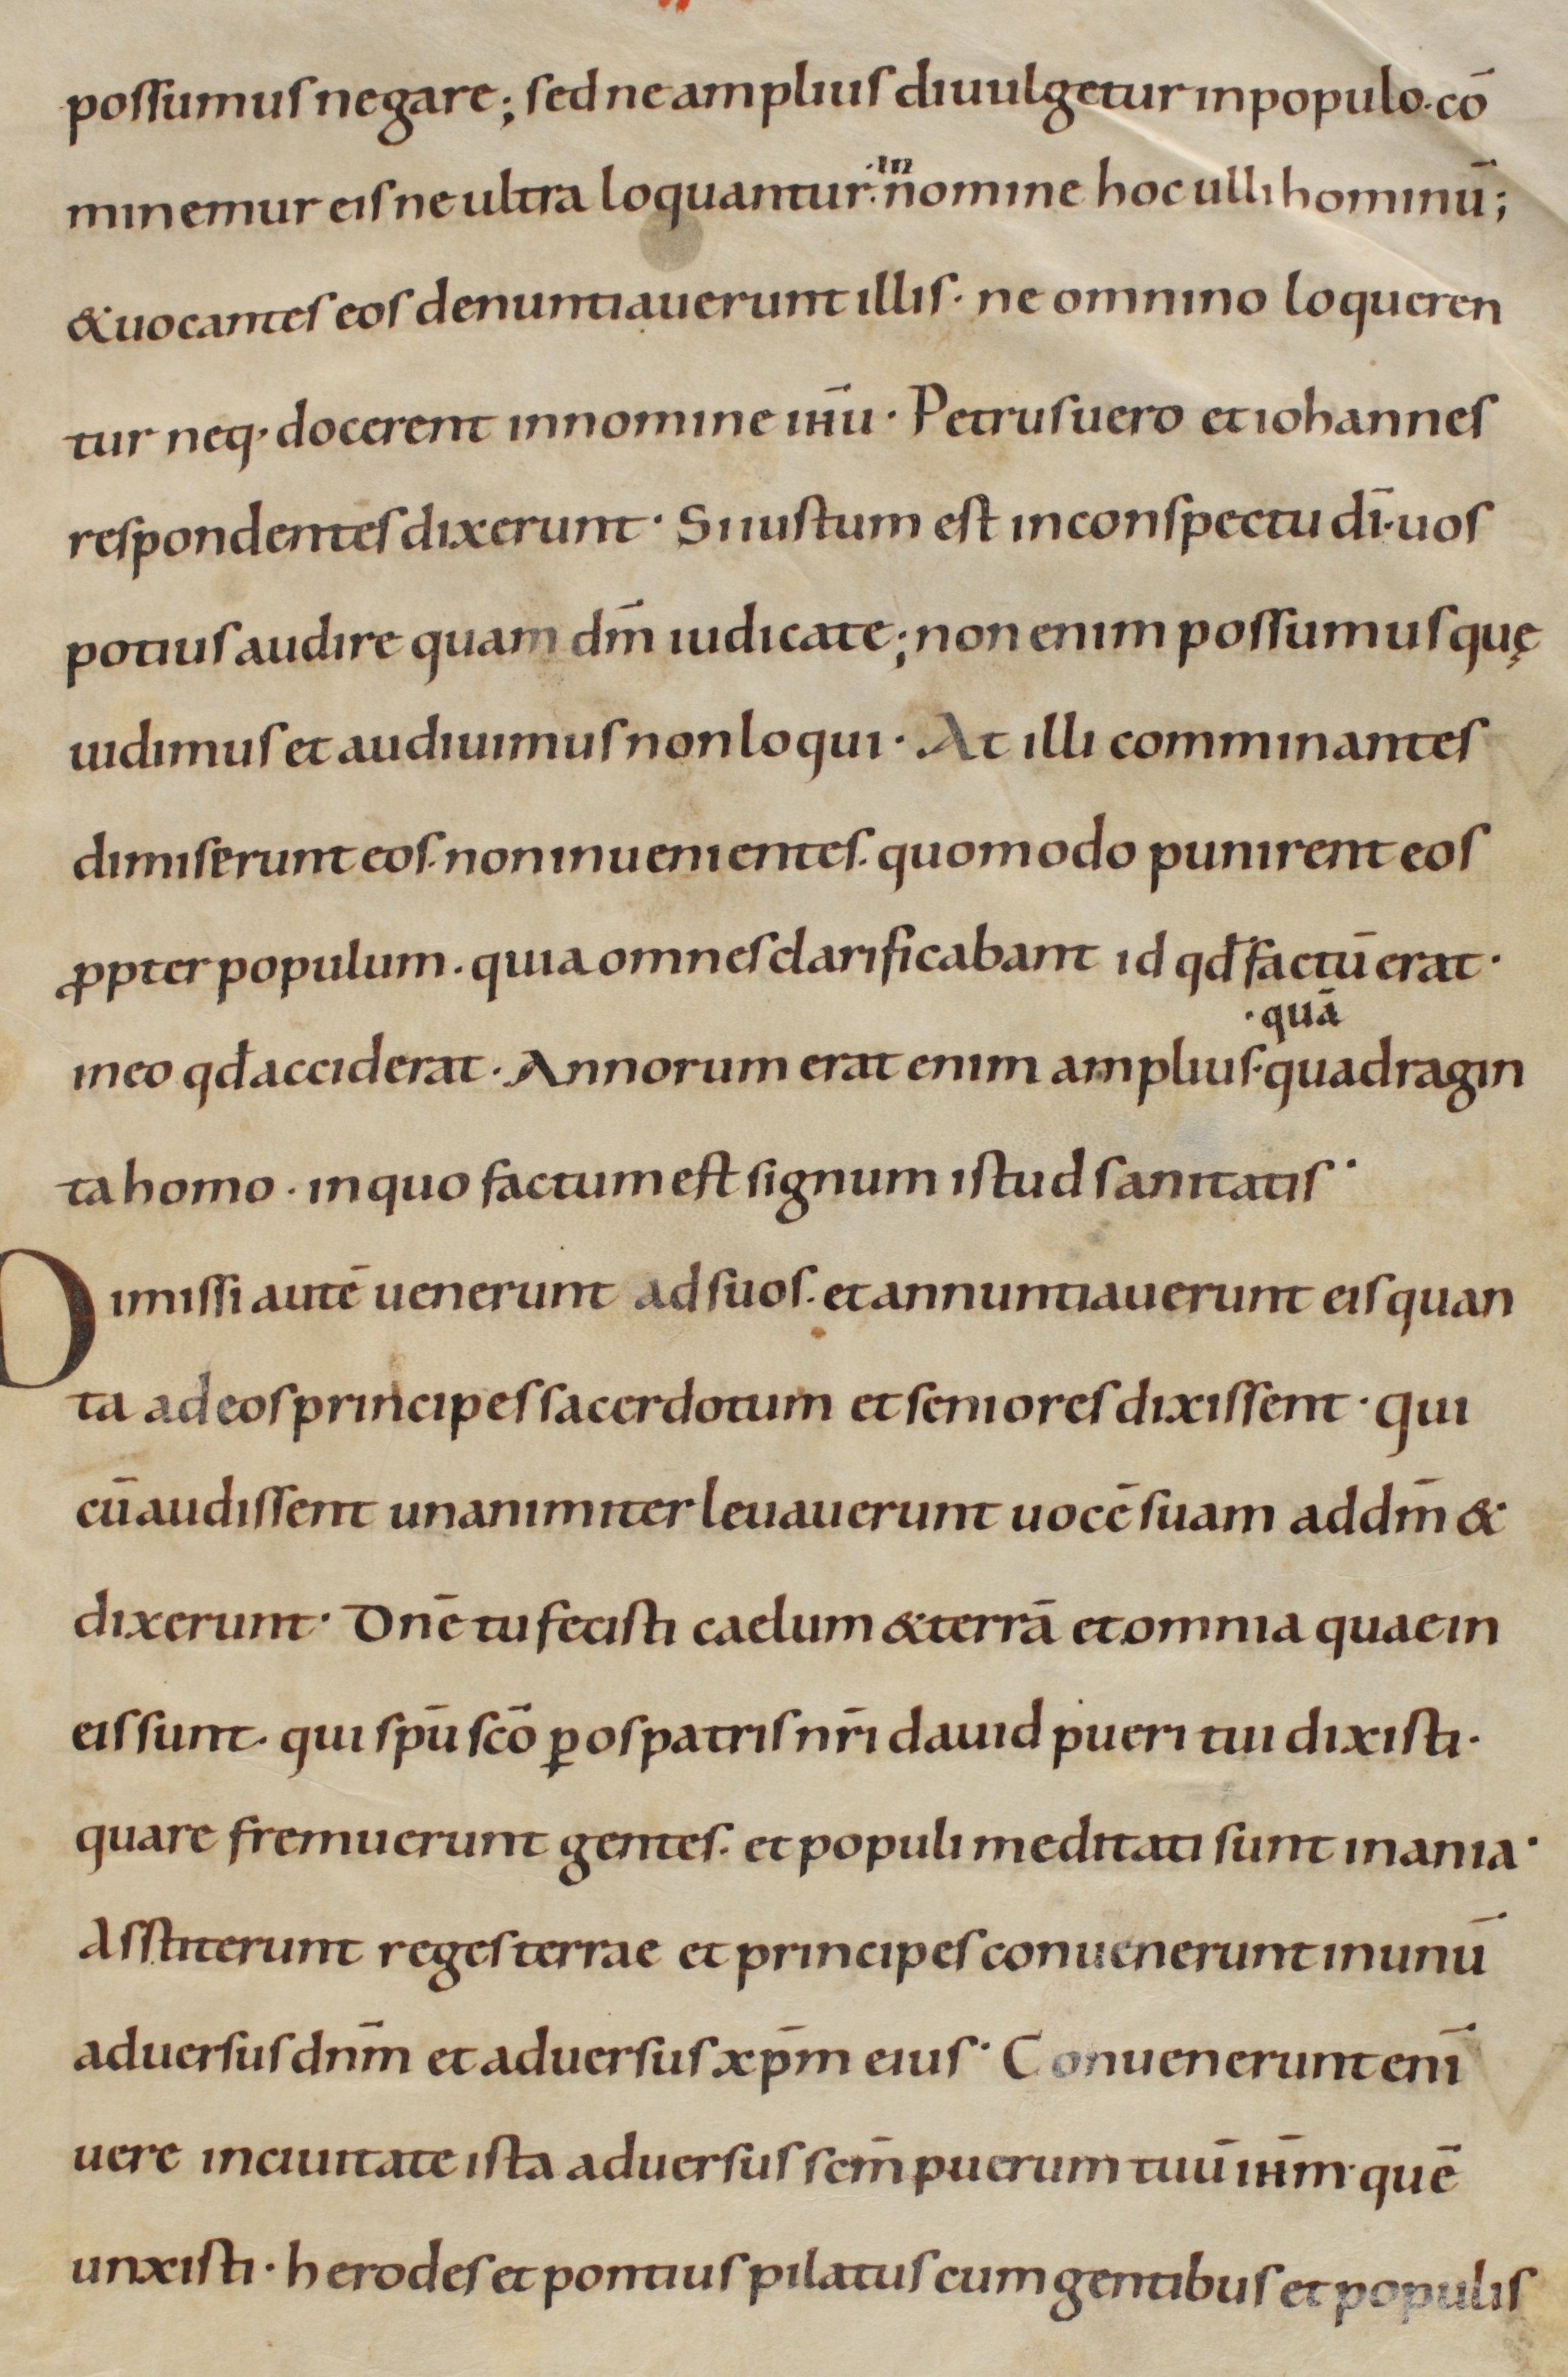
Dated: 900–999